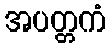
အပတ္တကံ